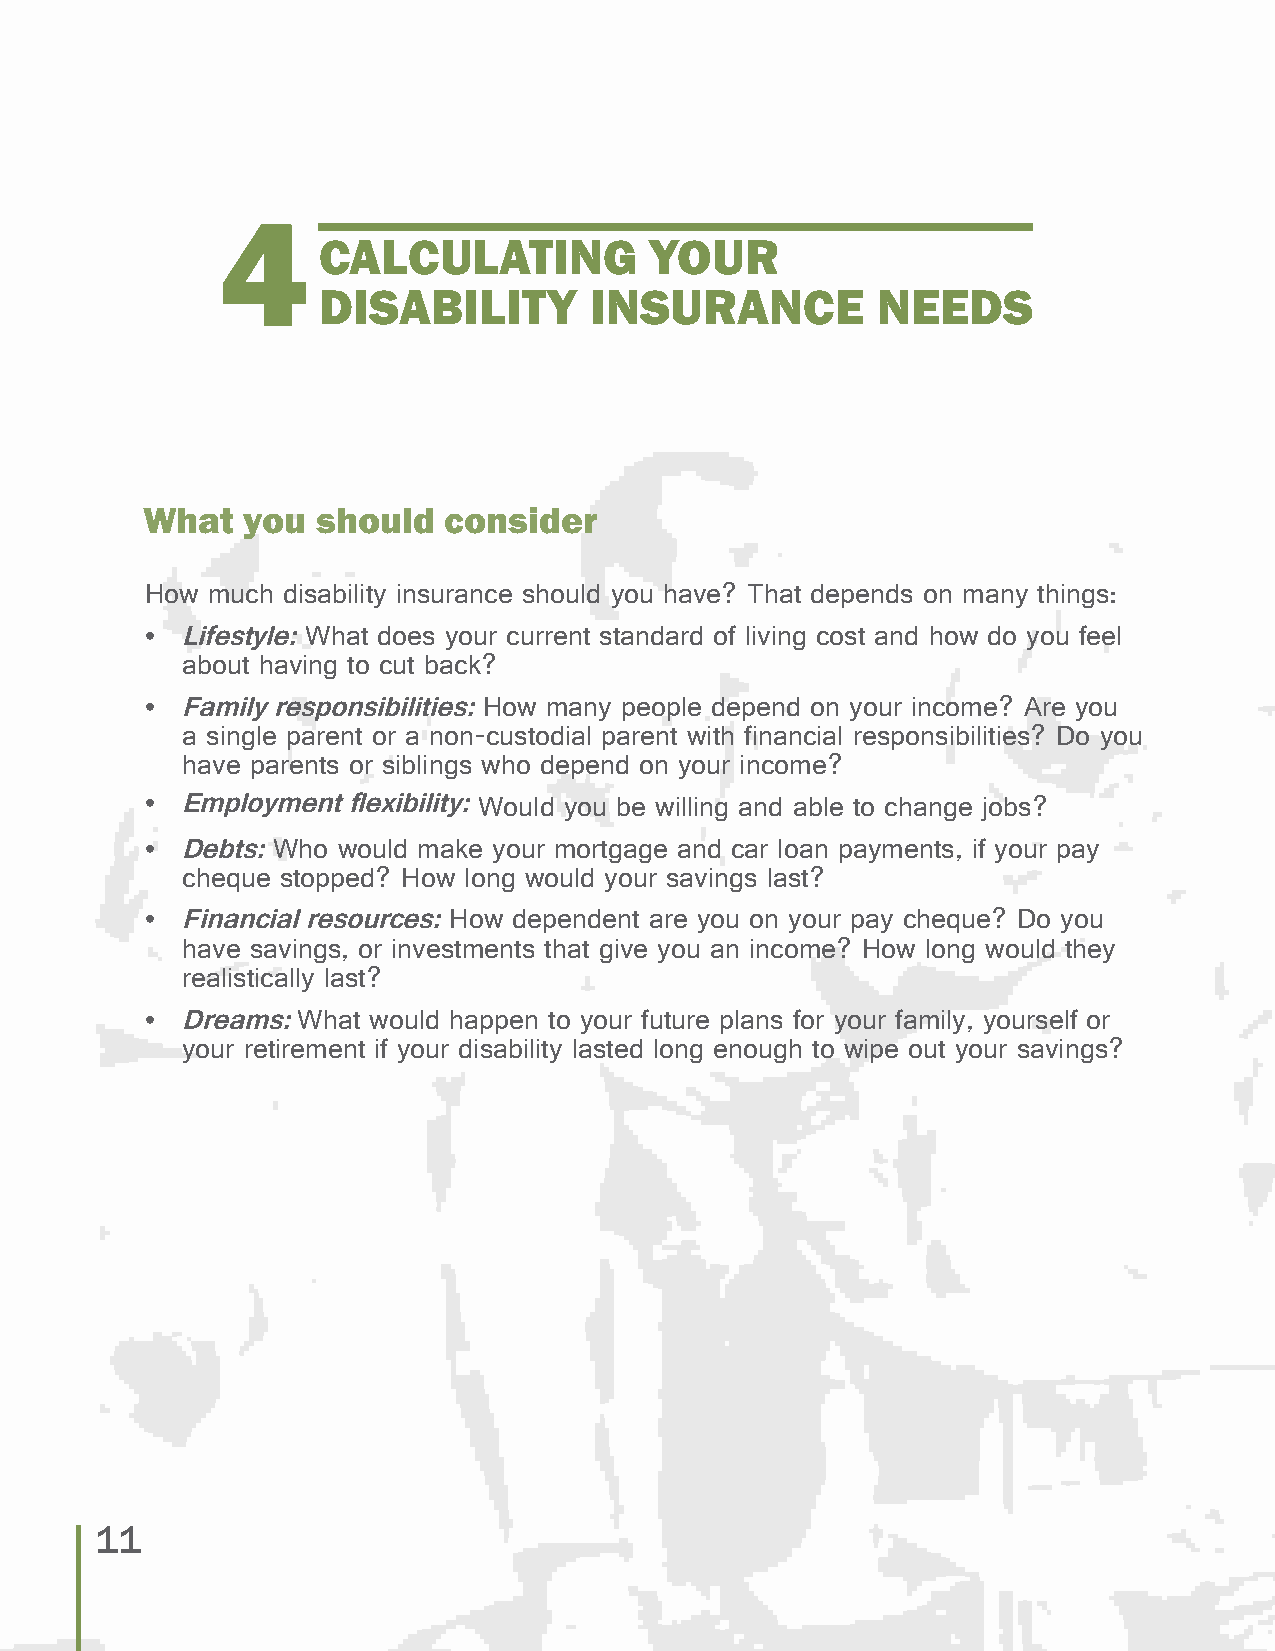
4
 CALCULATING           YOUR
 DISABILITY        INSURANCE          NEEDS
 What   you  should  consider
 How much disability insurance should you have? That depends on many things:
 • Lifestyle: What does your current standard of living cost and how do you feel
 about having to cut back?
 • Family responsibilities: How many people depend on your income? Are you
 a single parent or a non-custodial parent with financial responsibilities? Do you
 have parents or siblings who depend on your income?
 • Employment flexibility: Would you be willing and able to change jobs?
 • Debts: Who would make your mortgage and car loan payments, if your pay
 cheque stopped? How long would your savings last?
 • Financial resources: How dependent are you on your pay cheque? Do you
 have savings, or investments that give you an income? How long would they
 realistically last?
 • Dreams: What would happen to your future plans for your family, yourself or
 your retirement if your disability lasted long enough to wipe out your savings?
 11